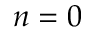
n = 0